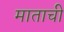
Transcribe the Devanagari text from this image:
माताची